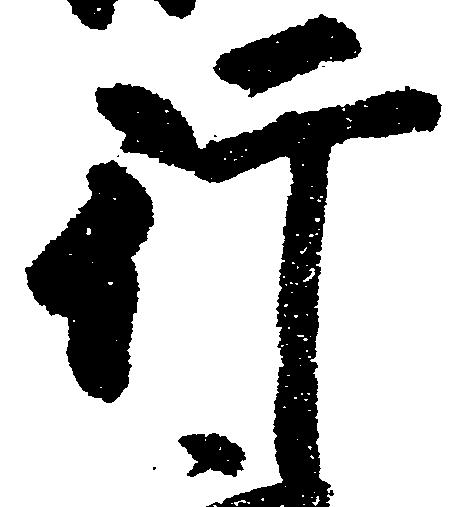
行